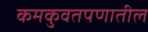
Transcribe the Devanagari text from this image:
कमकुवतपणातील